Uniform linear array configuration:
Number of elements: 12
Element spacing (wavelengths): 1
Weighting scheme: hamming
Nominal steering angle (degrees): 0
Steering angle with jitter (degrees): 1.71
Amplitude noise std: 0.05
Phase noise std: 0.05

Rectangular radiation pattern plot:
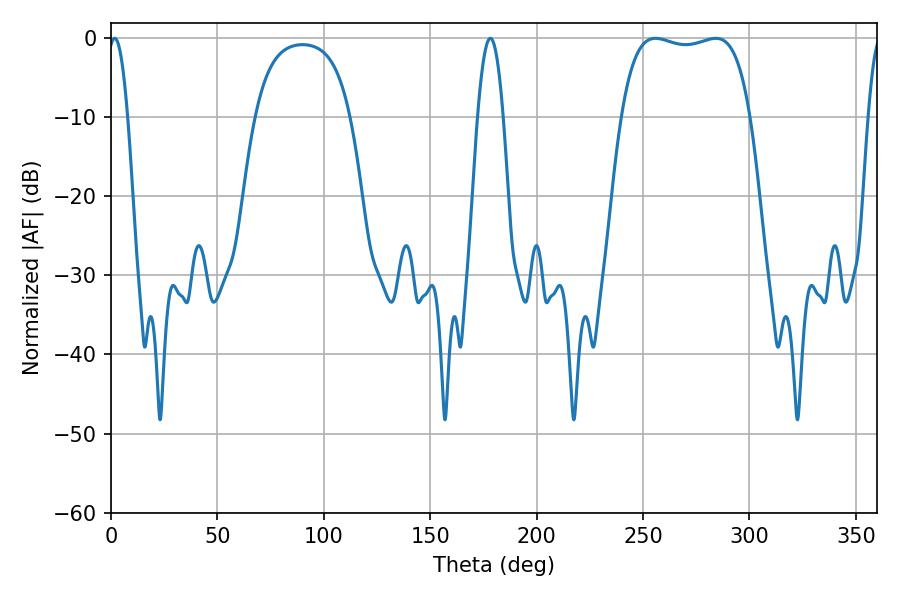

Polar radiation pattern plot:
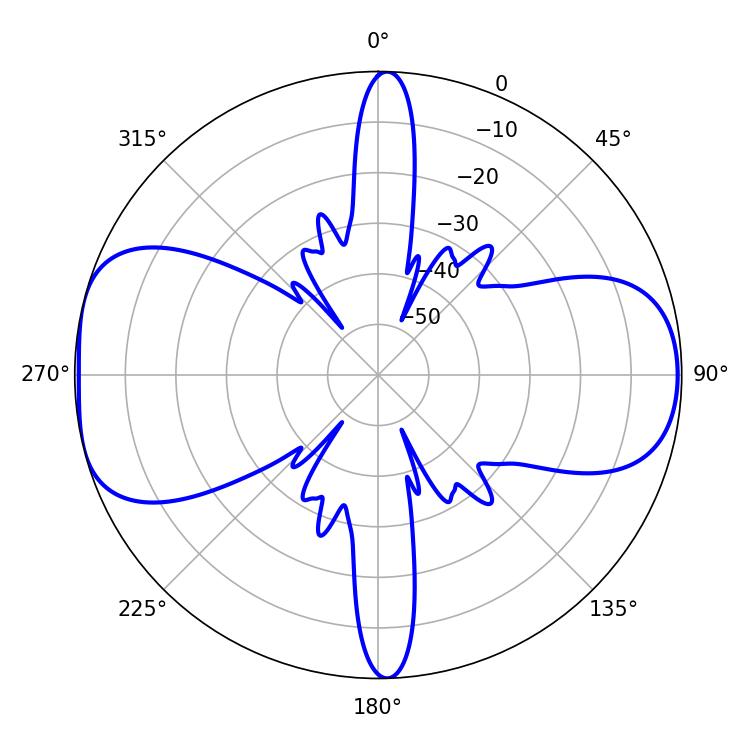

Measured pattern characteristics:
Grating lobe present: TRUE
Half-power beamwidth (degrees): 48.6
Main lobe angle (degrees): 255.78